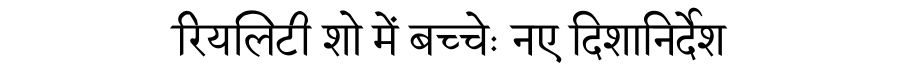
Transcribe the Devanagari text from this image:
रियलिटी शो में बच्चेः नए दिशानिर्देश